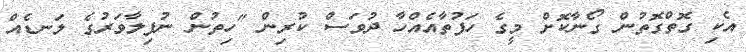
އެކި ގޮތްގޮތުން ގޯނާކޮށް މީގެ ހަފުތާއެއްހާ ދުވަސް ކުރިން "ހިތުން ނުފިލާވަރުގެ ލަނޑެއް